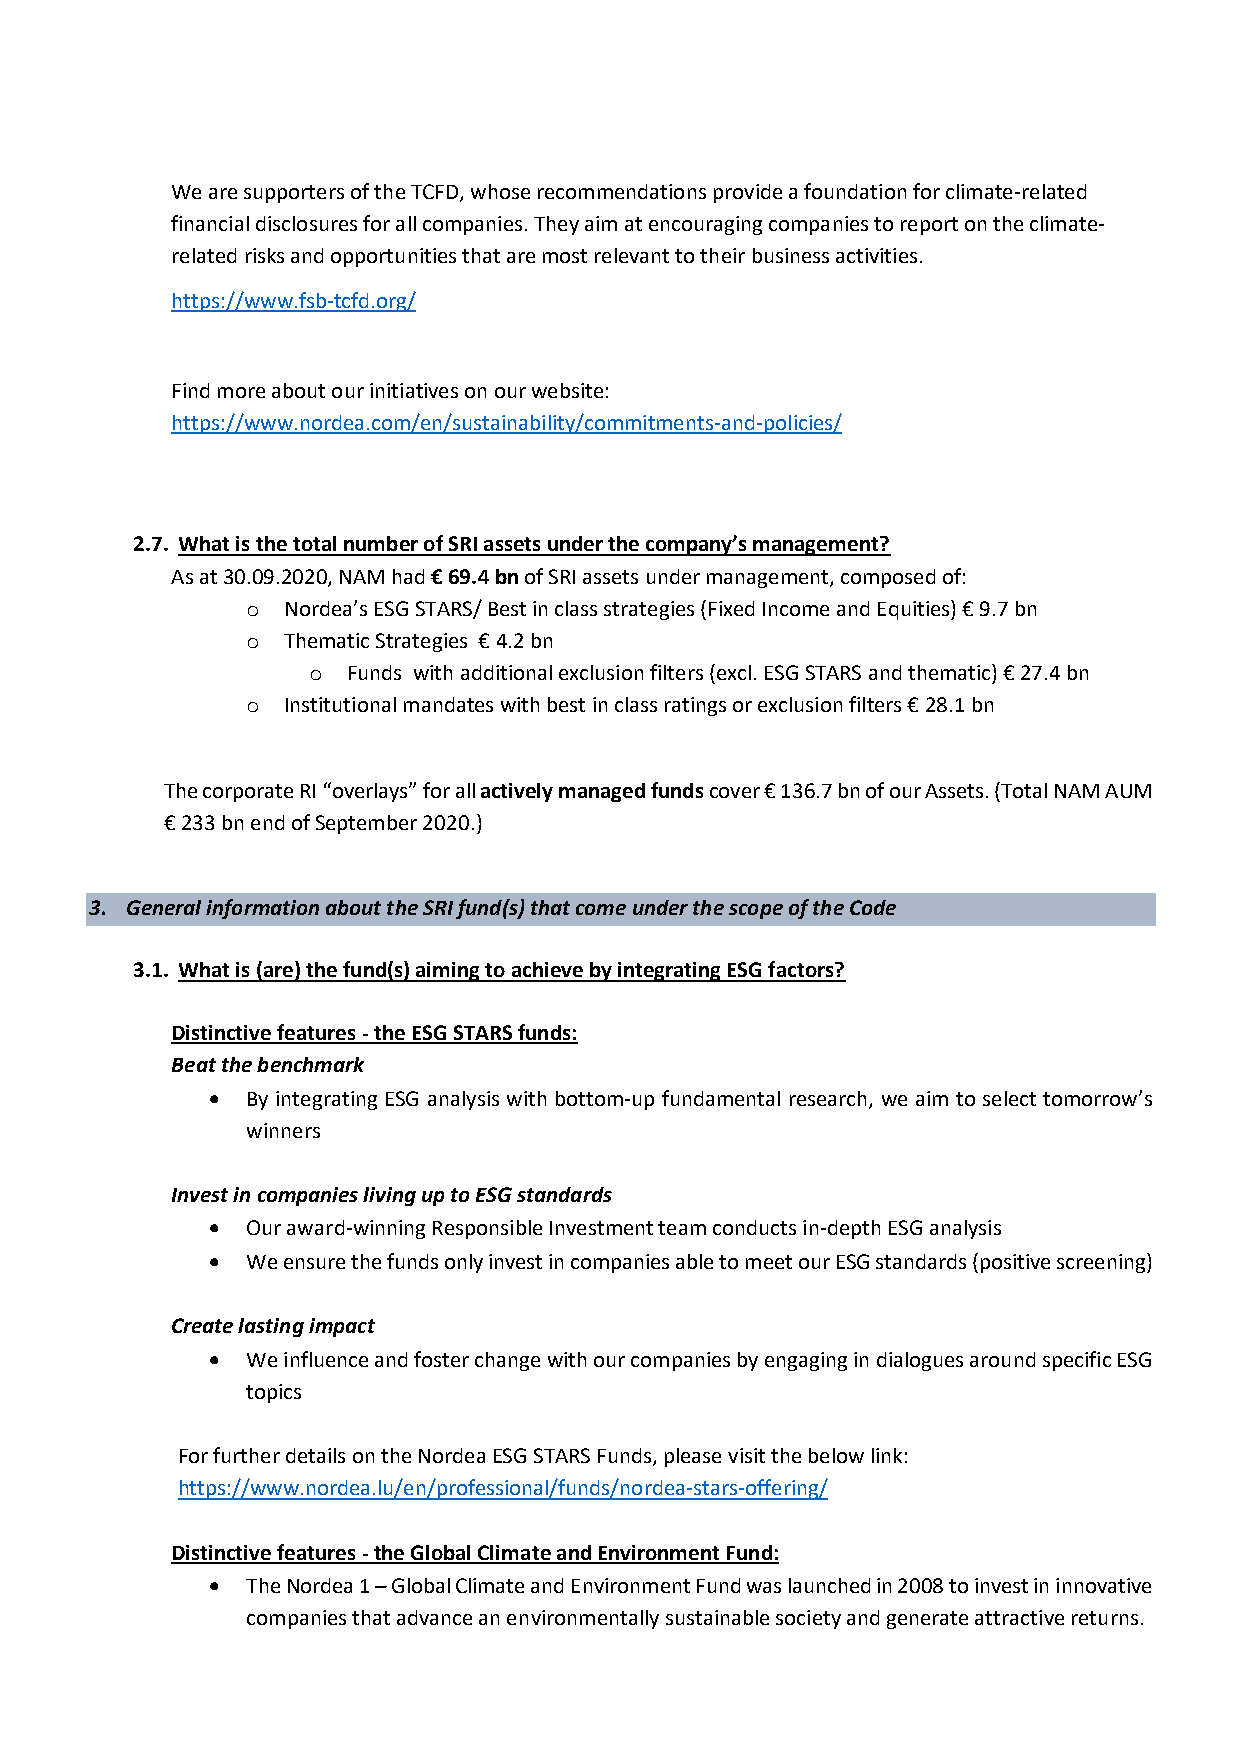
We are supporters of the TCFD, whose recommendations provide a foundation for climate-related
 financial disclosures for all companies. They aim at encouraging companies to report on the climate-
 related risks and opportunities that are most relevant to their business activities.
 https://www.fsb-tcfd.org/
 Find more about our initiatives on our website:
 https://www.nordea.com/en/sustainability/commitments-and-policies/
 2.7. What is the total number of SRI assets under the company’s management?
 As at 30.09.2020, NAM had € 69.4 bn of SRI assets under management, composed of:
 o  Nordea’s ESG STARS/ Best in class strategies (Fixed Income and Equities) € 9.7 bn
 o  Thematic Strategies € 4.2 bn
 o  Funds with additional exclusion filters (excl. ESG STARS and thematic) € 27.4 bn
 o  Institutional mandates with best in class ratings or exclusion filters € 28.1 bn
 The corporate RI “overlays” for all actively managed funds cover € 136.7 bn of our Assets. (Total NAM AUM
 € 233 bn end of September 2020.)
 3. General information about the SRI fund(s) that come under the scope of the Code
 3.1. What is (are) the fund(s) aiming to achieve by integrating ESG factors?
 Distinctive features - the ESG STARS funds:
 Beat the benchmark
 • By integrating ESG analysis with bottom-up fundamental research, we aim to select tomorrow’s
 winners
 Invest in companies living up to ESG standards
 • Our award-winning Responsible Investment team conducts in-depth ESG analysis
 • We ensure the funds only invest in companies able to meet our ESG standards (positive screening)
 Create lasting impact
 • We influence and foster change with our companies by engaging in dialogues around specific ESG
 topics
 For further details on the Nordea ESG STARS Funds, please visit the below link:
 https://www.nordea.lu/en/professional/funds/nordea-stars-offering/
 Distinctive features - the Global Climate and Environment Fund:
 • The Nordea 1 – Global Climate and Environment Fund was launched in 2008 to invest in innovative
 companies that advance an environmentally sustainable society and generate attractive returns.